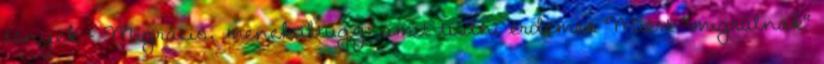
tények - Migráció, menekültügy: amit tudni érdemes Miért "migrálnak"